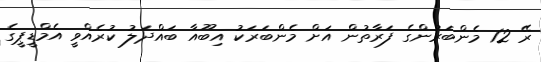
ރޭ 12 މެންބަރުންގެ ފަރާތުން އަށް މެންބަރަކު އިބޫއާ ބައްދަލު ކުރެއްވީ އެމްޑީޕީގެ